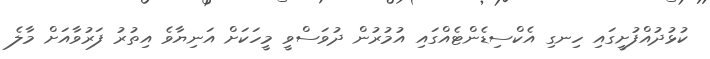
ކުޅުދުއްފުށީގައި ހިނގި އެކްސިޑެންޓެއްގައި އުމުރުން ދުވަސްވީ މީހަކަށް އަނިޔާވެ އިތުރު ފަރުވާއަށް މާލެ